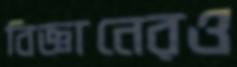
বিজ্ঞানেরও